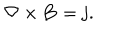
{ \bf \nabla } \times { \bf B } = { \bf j } .